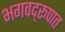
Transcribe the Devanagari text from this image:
भगवद्‌रूपात